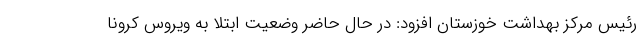
رئیس مرکز بهداشت خوزستان افزود: در حال حاضر وضعیت ابتلا به ویروس کرونا